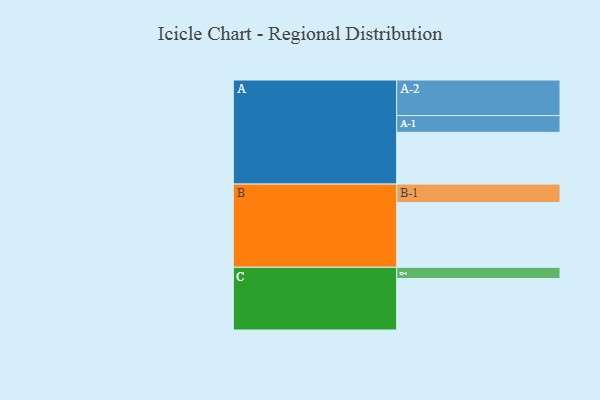
{"axis": {"x": "Segment", "y": "Value"}, "legend": ["", "A", "B", "C"], "data": [{"x": "A", "y": 384, "type": ""}, {"x": "B", "y": 480, "type": ""}, {"x": "C", "y": 382, "type": ""}, {"x": "A-1", "y": 124, "type": "A"}, {"x": "A-2", "y": 264, "type": "A"}, {"x": "B-1", "y": 137, "type": "B"}, {"x": "C-1", "y": 83, "type": "C"}]}